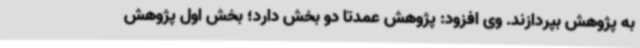
به پژوهش بپردازند. وی افزود: پژوهش عمدتا دو بخش دارد؛ بخش اول پژوهش